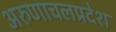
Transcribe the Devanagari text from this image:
अरुणाचलप्रदेश